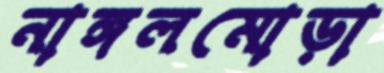
নাঙ্গলমোড়া